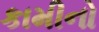
કામીનો